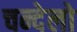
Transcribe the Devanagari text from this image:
चन्देलो